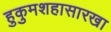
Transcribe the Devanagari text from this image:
हुकुमशहासारखा